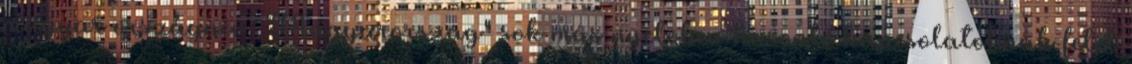
magyar országnév „Magyarország" sok más nyelvben hasonló kapcsolatoknak felel